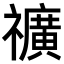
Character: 𥜟